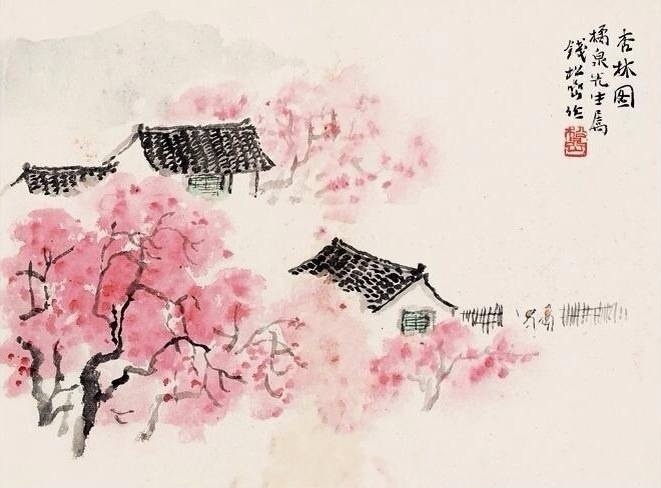
人间四月芳菲尽，山寺桃花始盛开。